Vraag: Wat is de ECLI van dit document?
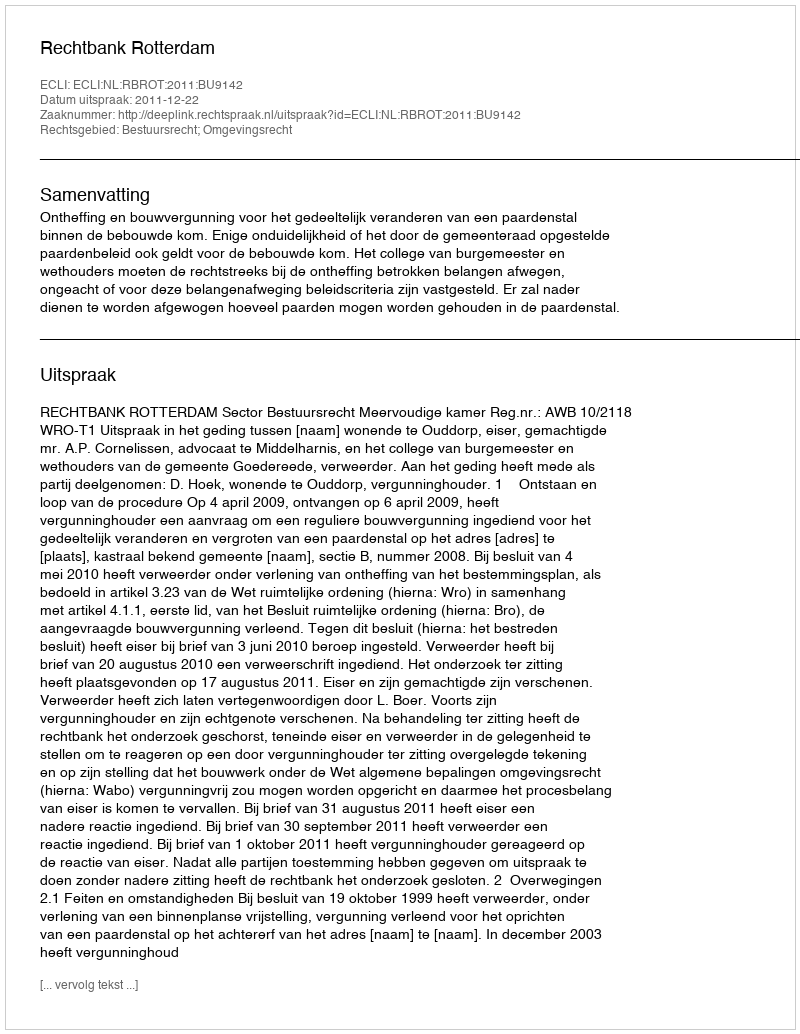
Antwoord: ECLI:NL:RBROT:2011:BU9142